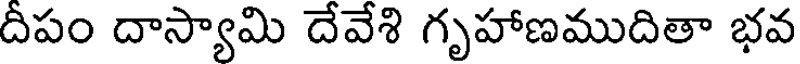
దీపం దాస్యామి దేవేశి గృహాణముదితా భవ